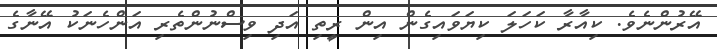
އޭރުންނެވެ. ކިއާރާ ކަހަލަ ކިޔަވައިގެން އިން ރީތި އަދި ވިސްނުންތެރި އަންހެނަކު އޭނާގެ